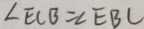
\angle E C B = \angle E B C